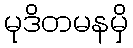
မုဒိတမနမှိ